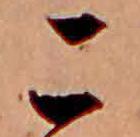
こ